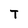
Character: T